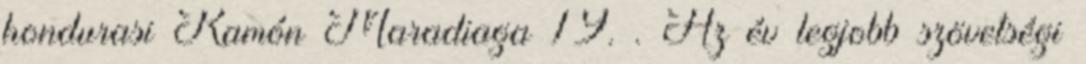
hondurasi Ramón Maradiaga 19. . Az év legjobb szövetségi